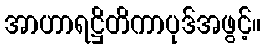
အာဟာရဋ္ဌိတိကာပုဒ်အဖွင့်။